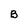
Character: B